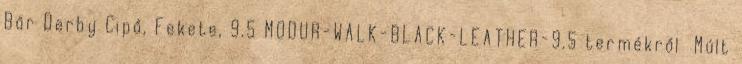
Bőr Derby Cipő, Fekete, 9.5 MODUR-WALK-BLACK-LEATHER-9.5 termékről Múlt